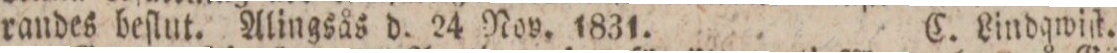
randes beſlut. Alingsås d. 24 Nov. 1831.    C. Lindqwiſt.